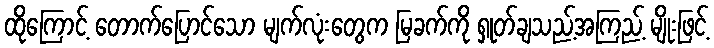
ထိုကြောင့် တောက်ပြောင်သော မျက်လုံးတွေက မြခက်ကို ရှုတ်ချသည့်အကြည့် မျိုးဖြင့်